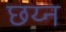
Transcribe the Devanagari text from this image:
छय्न